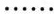
……